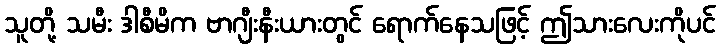
သူတို့ သမီး ဒါစီမိက ဗာဂျီးနီးယားတွင် ရောက်နေသဖြင့် ဤသားလေးကိုပင်